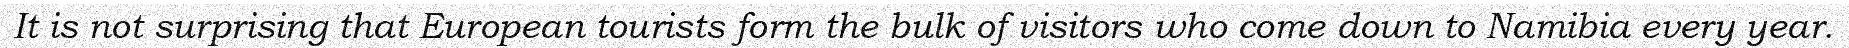
It is not surprising that European tourists form the bulk of visitors who come down to Namibia every year.